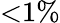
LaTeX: {<}1\%